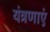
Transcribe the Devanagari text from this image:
यंत्रणाएं